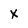
Character: x